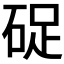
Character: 𥒭